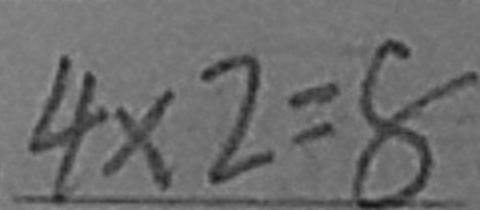
4 \times 2 = 8